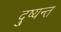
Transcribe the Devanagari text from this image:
दु्ष्यन्त